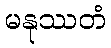
မနုဿတံ